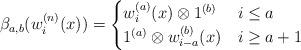
LaTeX: \begin{align*}\beta_{a,b}(w_i^{(n)}(x))=\begin{cases}w_i^{(a)}(x)\otimes 1^{(b)}&i\le a\\1^{(a)}\otimes w_{i-a}^{(b)}(x)&i\ge a+1\end{cases}\end{align*}